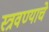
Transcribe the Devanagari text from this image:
स्त्रवण्याचे